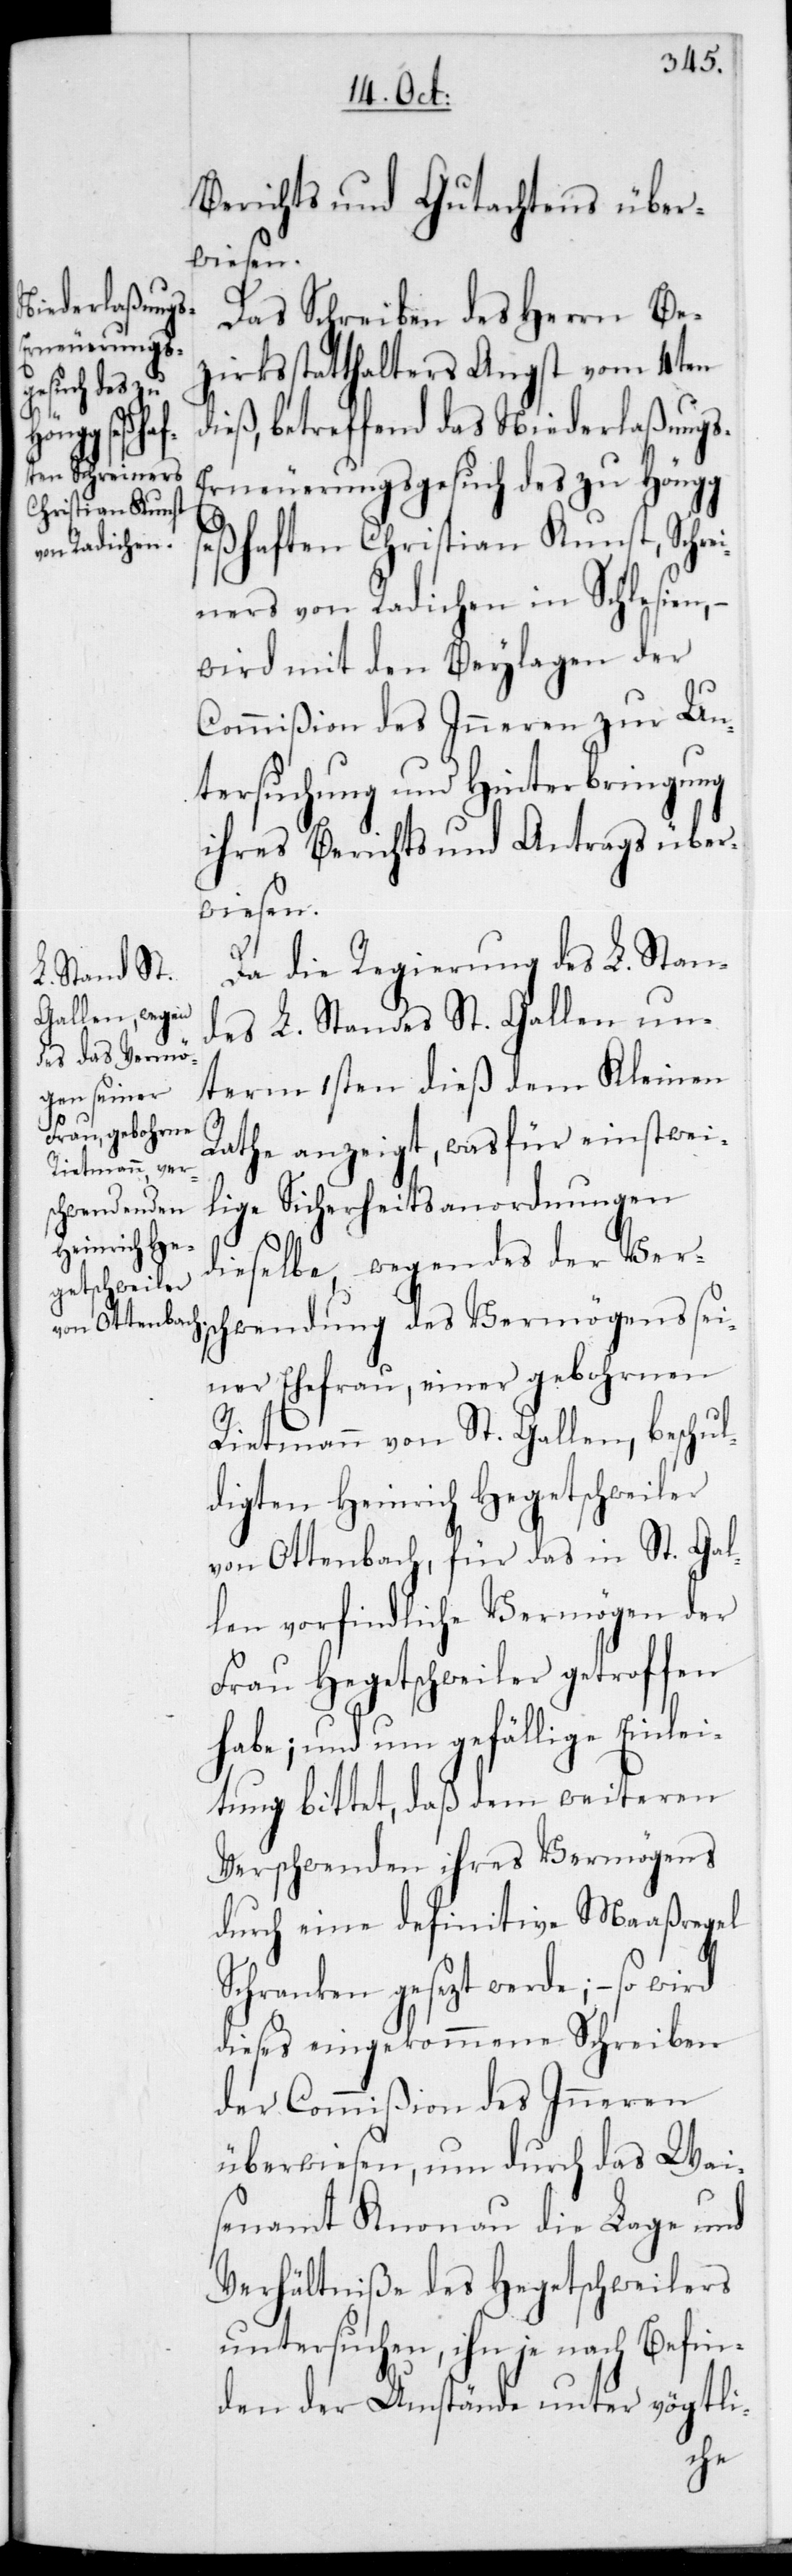
einstwei¬
Gallen unterm

Berichts und Gutachtens über¬
wiesen.
Das Schreiben des Herrn Be¬
zirksstatthalters Angst vom 4ten
dieß, betreffend das Niederlaßung¬
s-Erneuerungsgesuch des zu Höngg
seßhaften Christian Kunst, Schrei¬
ners von Radichen in Schlesien, –
wird mit den Beylagen der
Commißion des Inneren zur Un¬
tersuchung und Hinterbringung
ihres Berichts und Antrags über¬
wiesen.
Da die Regierung des L. Stan¬
lige Sicherheitsanordnungen
dieselbe, wegen des der Vers¬
chwendung des Vermögens sei¬
ner Ehefrau, einer gebohrnen
Rietmann von St. Gallen, beschul¬
digten Heinrich Hegetschweiler
von Ottenbach, für das in St. Gal¬
len vorfindliche Vermögen der
Frau Hegetschweiler getroffen
habe, und um gefällige Einlei¬
tung bittet, daß dem weiteren
Verschwenden ihres Vermögens
durch eine definitive Maaßregel
Schranken gesezt werde; – so wird
dieses eingekommene Schreiben
der Commißion des Inneren
überwiesen, um durch das Wai¬
senamt Knonau die Lage und
Verhältniße des Hegetschweilers
untersuchen, ihn je nach Befin¬
den der Umstände unter vögtli-